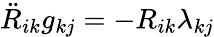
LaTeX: \ddot{R}_{ik}g_{kj}=-R_{ik}\lambda_{kj}